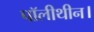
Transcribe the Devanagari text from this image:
पॉलीथीन।